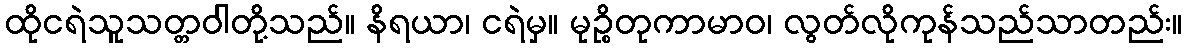
ထိုငရဲသူသတ္တဝါတို့သည်။ နိရယာ၊ ငရဲမှ။ မုဉ္စိတုကာမာဝ၊ လွတ်လိုကုန်သည်သာတည်း။